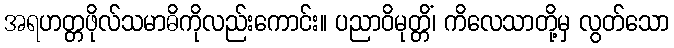
အရဟတ္တဖိုလ်သမာဓိကိုလည်းကောင်း။ ပညာဝိမုတ္တိံ၊ ကိလေသာတို့မှ လွတ်သော